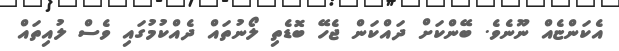
އެކަންޏެއް ނޫނެވެ. ބޭންކަށް ދައްކަން ޖެހޭ ބޮޑެތި ލޯނުތައް ދެއްކުމުގައި ވެސް ލުއިތައް